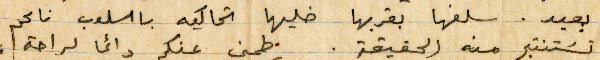
بعيد. سلفها بقربها خليها تحاكيه بأسلوب ناعم